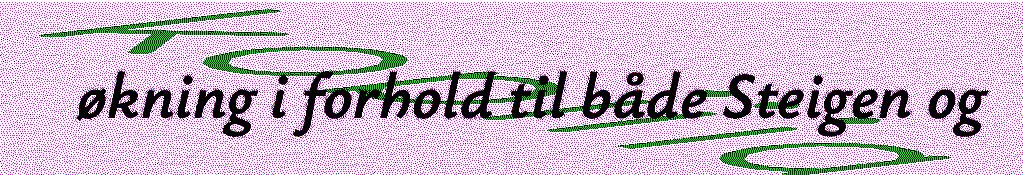
økning i forhold til både Steigen og